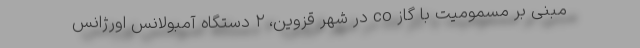
مبنی بر مسمومیت با گاز co در شهر قزوین، ۲ دستگاه آمبولانس اورژانس